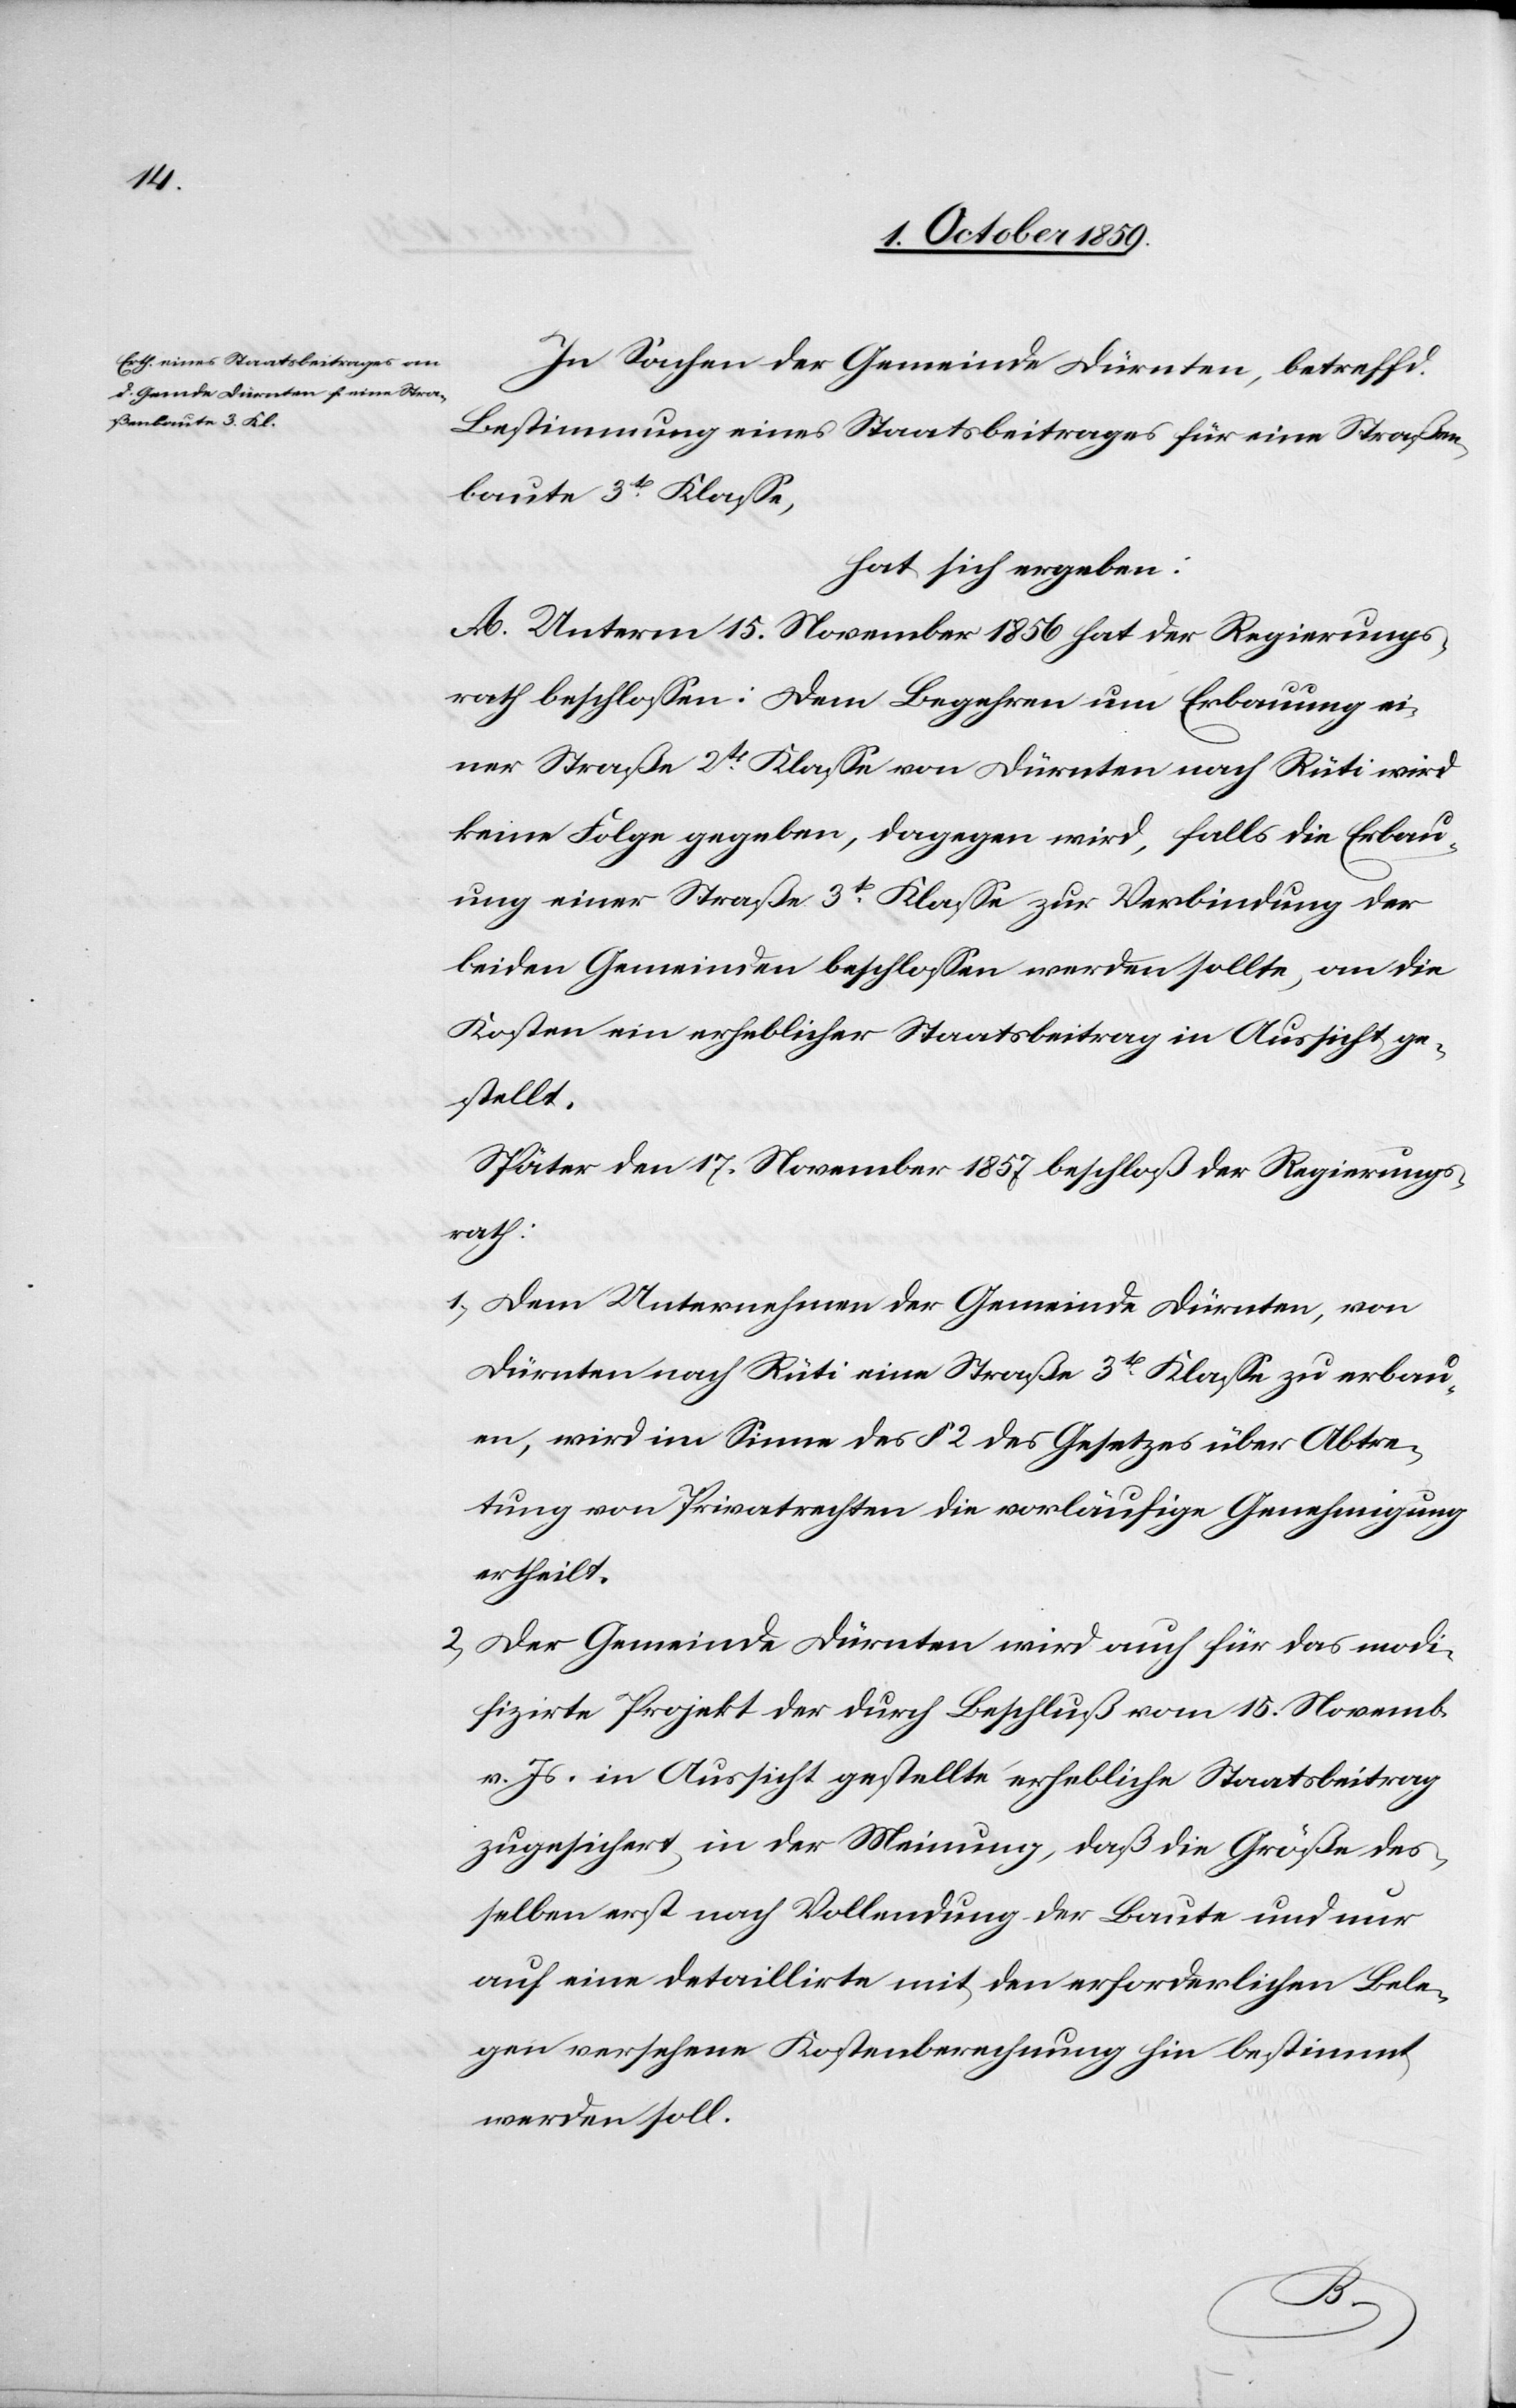
In Sachen der Gemeinde Dürnten, betreffd.
Bestimmung eines Staatsbeitrages für eine Straßen¬
baute 3t[er] Klasse,
hat sich ergeben:
A. Unterm 15. November 1856 hat der Regierungs¬
rath beschlossen: Dem Begehren um Erbauung ei¬
ner Straße 2t[er] Klasse von Dürnten nach Rüti wird
keine Folge gegeben, dagegen wird, falls die Erbau¬
ung einer Straße 3t Klasse zur Verbindung der
beiden Gemeinden beschlossen werden sollte, an die
Kosten ein erheblicher Staatsbeitrag in Aussicht ge¬
stellt.
Später den 17. November 1857 beschloß der Regierungs¬
rath:
1) Dem Unternehmen der Gemeinde Dürnten, von
Dürnten nach Rüti eine Straße 3t[er] Klasse zu erbau¬
en, wird im Sinne des § 2 des Gesetzes über Abtre¬
tung von Privatrechten die vorläufige Genehmigung
ertheilt.
2) Der Gemeinde Dürnten wird auch für das modi¬
fizirte Projekt der durch Beschluß vom 15. Novemb.
v. Js. in Aussicht gestellte erhebliche Staatsbeitrag
zugesichert, in der Meinung, daß die Größe des¬
selben erst nach Vollendung der Baute und nur
auf eine detaillirte mit den erforderlichen Bele¬
gen versehene Kostenberechnung hin bestimmt
werden soll.